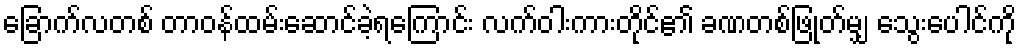
ခြောက်လတစ် တာဝန်ထမ်းဆောင်ခဲ့ရကြောင်း လက်ဝါးကားတိုင်၏ ခဏတစ်ဖြုတ်မျှ သွေးပေါင်ကို